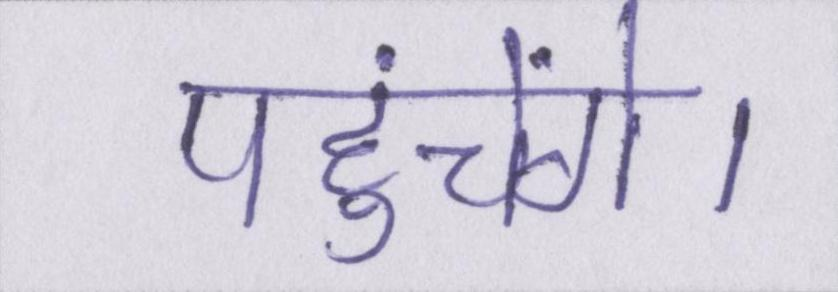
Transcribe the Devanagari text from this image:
पहुंचेंगे।